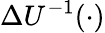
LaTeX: \Delta U^{-1}(\cdot)